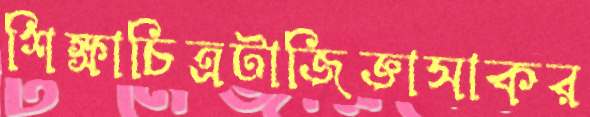
শিক্ষাচিত্রটাজিজ্ঞাসাকর